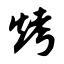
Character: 烤